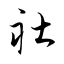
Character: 社